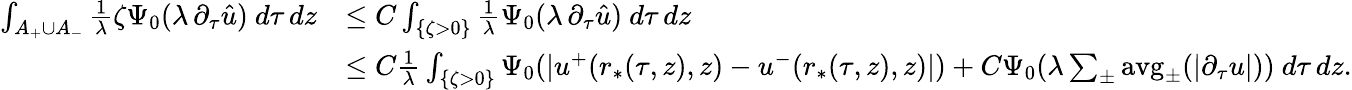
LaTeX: \begin{array}{rl}{\int_{A_{+}\cup A_{-}}\frac{1}{\lambda}\zeta\Psi_{0}(\lambda\, \partial_{\tau}\hat{u})\ d\tau\, dz}&{\leq C\int_{\{ \zeta>0\} }\frac{1}{\lambda}\Psi_{0}(\lambda\, \partial_{\tau}\hat{u})\ d\tau\, dz}\\ &{\leq C\frac{1}{\lambda}\int_{\{ \zeta>0\} }\Psi_{0}(|u^{+}(r_{*}(\tau,z),z)-u^{-}(r_{*}(\tau,z),z)|)+C\Psi_{0}(\lambda\sum_{\pm}\textup{avg}_{\pm}(|\partial_{\tau}u|))\ d\tau\, dz.}\end{array}